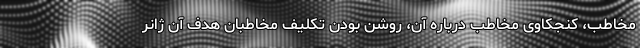
مخاطب، کنجکاوی مخاطب درباره آن، روشن بودن تکلیف مخاطبان هدف آن ژانر